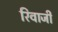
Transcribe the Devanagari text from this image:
रिवाजी